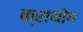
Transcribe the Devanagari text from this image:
क्राथोंग